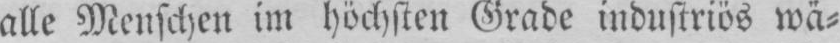
alle Menschen im höchsten Grade industriös wä⸗